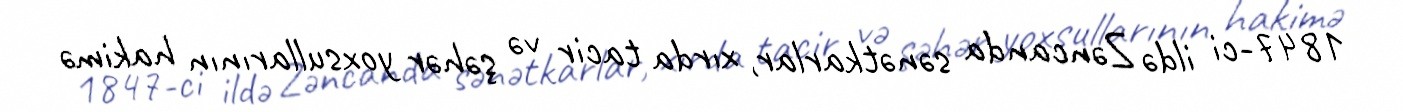
1847-ci ildə Zəncanda sənətkarlar, xırda tacir və şəhər yoxsullarının hakimə